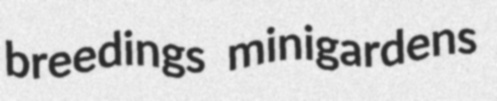
breedings minigardens